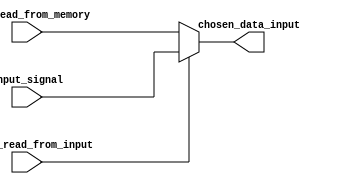
module MemoryDataHandler
#(
    parameter DATA_WIDTH = 32
)(
    input should_read_from_input,
    input  [DATA_WIDTH - 1:0] input_signal, data_read_from_memory,
    output [DATA_WIDTH - 1:0] chosen_data_input
);

    assign chosen_data_input = should_read_from_input ? input_signal : data_read_from_memory;

endmodule